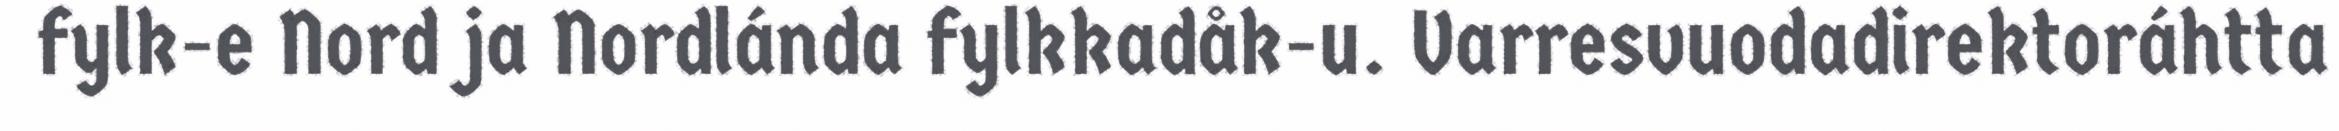
fylk-e Nord ja Nordlánda fylkkadåk-u. Varresvuodadirektoráhtta